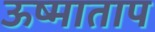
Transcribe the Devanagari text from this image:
ऊष्माताप